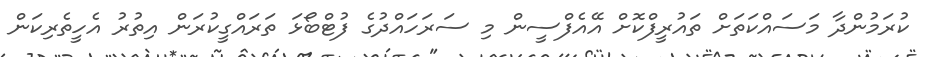
ކުރަމުންދާ މަސައްކަތަށް ތައުރީފްކޮށް އޭއެފްސީން މި ސަރަހައްދުގެ ފުޓްބޯޅަ ތަރައްގީކުރަން އިތުރު އެހީތެރިކަން